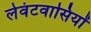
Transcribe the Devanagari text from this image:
लेवंटवासियों